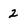
Character: 2